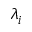
\lambda _ { i }